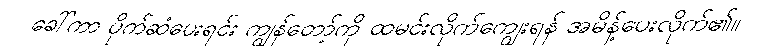
ခေါ်ကာ ပိုက်ဆံပေးရင်း ကျွန်တော့်ကို ထမင်းလိုက်ကျွေးရန် အမိန့်ပေးလိုက်၏။